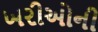
ખરીઓની